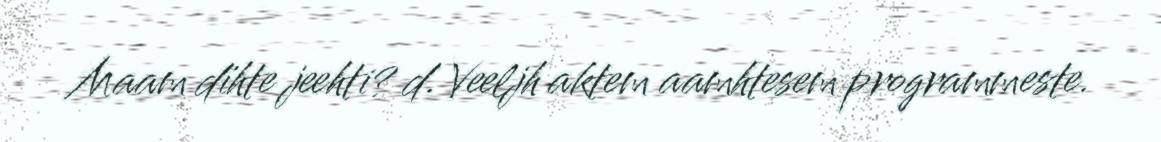
Maam dïhte jeehti? d. Veeljh aktem aamhtesem programmeste.